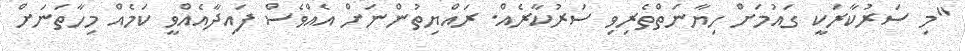
"މި ސަރުކާރަކީ ގައުމަށް ހިޔާނަތްތެރިވި ސަރުކާރެއް. ރައްޔިތުންނަށް އެއްވެސް ފައިދާއެއްވީ ކަމެއް މިހާތަނަށް